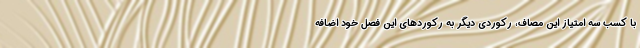
با کسب سه امتیاز این مصاف، رکوردی دیگر به رکوردهای این فصل خود اضافه